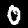
Digit: 0